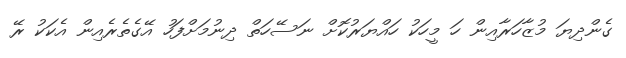
ގެންދިޔަ މުޒާހަރާއިން ހަ މީހަކު ހައްޔަރުކޮށް ނަސޭހަތް ދިނުމަށްފަހު އޭގެތެރެއިން އެކަކު ރޭ